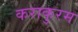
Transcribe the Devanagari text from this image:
कराकुरम